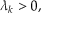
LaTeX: \lambda _ { k } > 0 ,